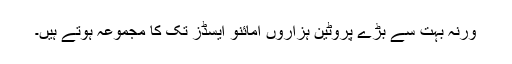
ورنہ بہت سے بڑے پروٹین ہزاروں امائنو ایسڈز تک کا مجموعہ ہوتے ہیں۔